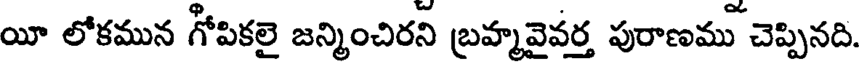
యీ లోకమున గోపికలై జన్మించిరని బ్రహ్మవైవర్త పురాణము చెప్పినది.